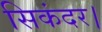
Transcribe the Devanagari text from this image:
सिकंदर।